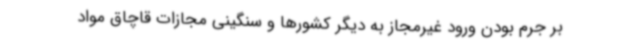
بر جرم بودن ورود غیرمجاز به دیگر کشورها و سنگینی مجازات قاچاق مواد